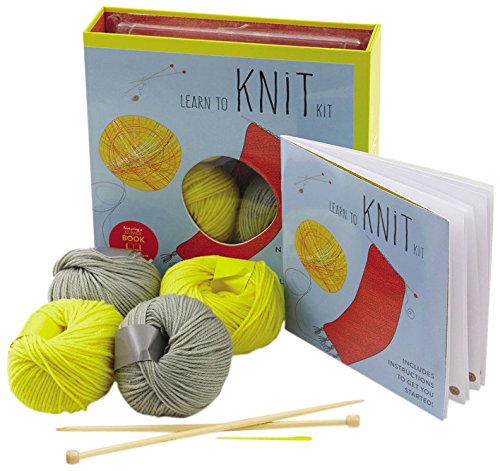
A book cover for Learn to Knit Kit: Includes Needles and Yarn for Practice and for Making Your First Scarf-featuring a 32-page book with instructions and a project (First Time); Carri Hammett; Crafts, Hobbies & Home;